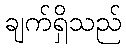
ချက်ရှိသည်